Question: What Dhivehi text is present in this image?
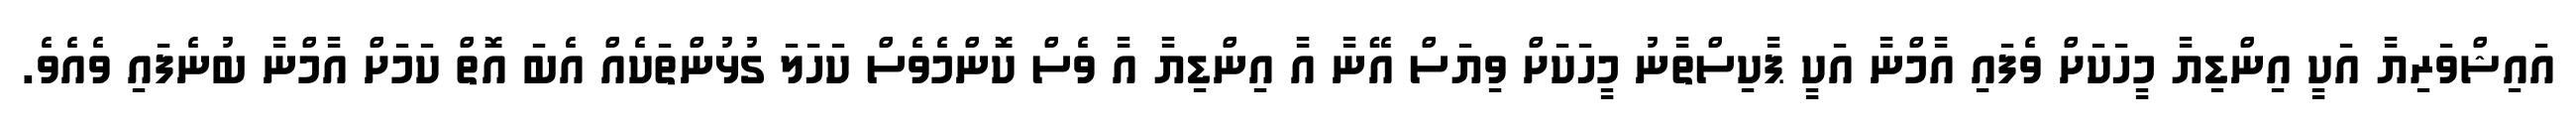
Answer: އައިޝްވަރިޔާ އަކީ އިންޑިޔާ މީހަކަށް ވެފައި އާމްނާ އަކީ ޕާކިސްތާނު މީހަކަށް ވިޔަސް އޭނާ އާ އިންޑިޔާ އާ ވެސް ކޮންމެވެސް ކަހަލަ ގުޅުންތަކެއް އެބަ އޮތް ކަމަށް އާމްނާ ބުނެފައި ވެއެވެ.